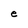
Character: e